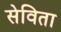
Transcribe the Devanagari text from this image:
सेविता